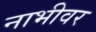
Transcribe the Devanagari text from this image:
नाभीवर